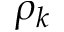
\rho _ { k }